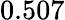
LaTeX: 0.507